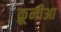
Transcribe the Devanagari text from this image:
क्रूनीआ